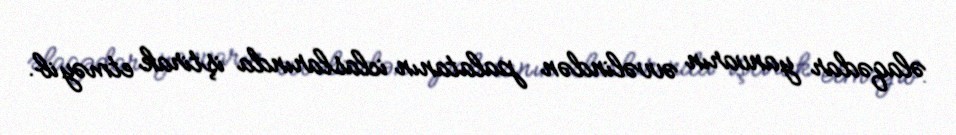
əlaqədar yanvarın əvvəlindən palatanın iclaslarında iştirak etməyib.